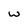
Character: W